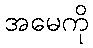
အမေကို